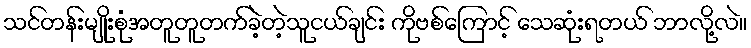
သင်တန်းမျိုးစုံအတူတူတက်ခဲ့တဲ့သူငယ်ချင်း ကိုဗစ်ကြောင့် သေဆုံးရတယ် ဘာလို့လဲ။